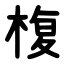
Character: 椱